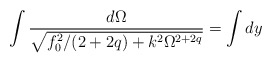
\begin{align*}\int \frac{d \Omega}{\sqrt{f_0^2 / (2 + 2q) + k^2 \Omega^{2+2q} }}= \int dy\end{align*}